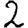
Digit: 2